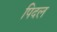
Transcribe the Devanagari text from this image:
पिदल